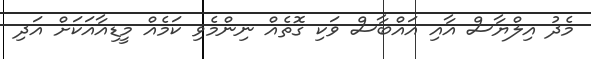
މެދު އިލްޔާސް އާއި އައްބާސް ވަކި ގޮތެއް ނިންމެވި ކަމެއް މީޑިއާއަކަށް އަދި